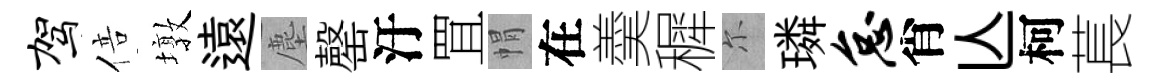
驾倍墩遠塵罄汙罝㡌在羮穉尓璘怠肖亾柯萇